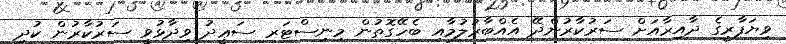
ވިޔަފާރީގެ ދާއިރާއަށް ސަރުކާރުންދޭ އެއްބާރުލުމާއި ބެހޭގޮތުން މިނިސްޓަރ ސަޢީދު ވިދާޅުވީ ސަރުކާރުން ކުދި